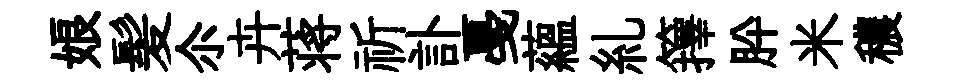
娘髪尒卉蒋祈訃戞藴糺籜肸米穠